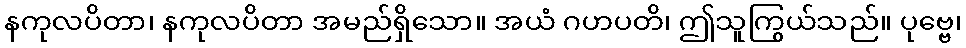
နကုလပိတာ၊ နကုလပိတာ အမည်ရှိသော။ အယံ ဂဟပတိ၊ ဤသူကြွယ်သည်။ ပုဗ္ဗေ၊